Annual report of the Prince of Wales Medical College, Patna
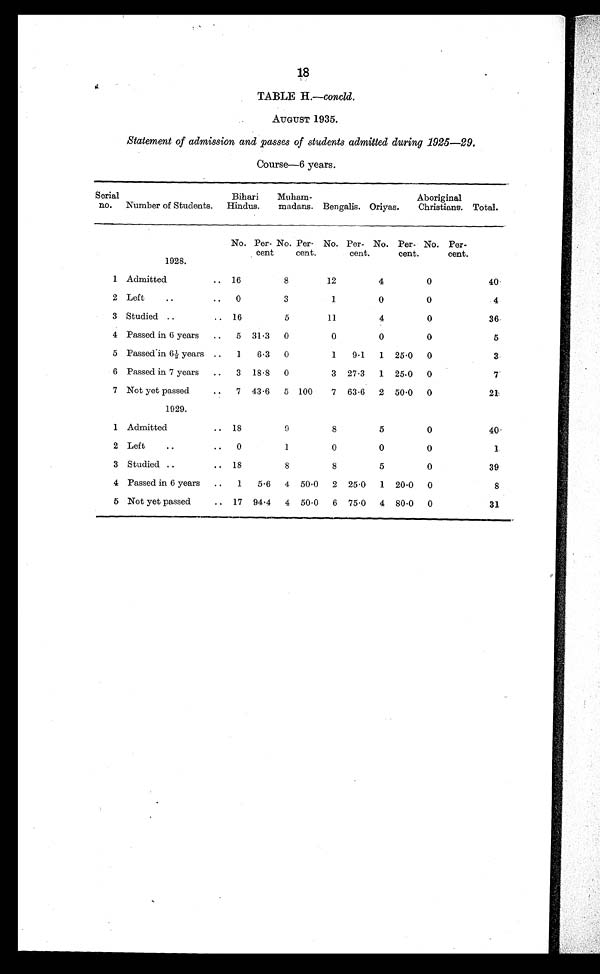
18
TABLE H.—concld.
AUGUST 1935.
Statement of admission and passes of students admitted during 1925—29.
Course—6 years.
Serial
no.
Number of Students.
Bihari
Hindus.
Muham-
madans. Bengalis. Oriyas.
Aboriginal
Christians. Total.
No. Per-
cent
No. Per-
cent.
No. Per-
cent.
No. Per-
cent.
No. Per-
cent.
1928.
1 Admitted
.. 16
8
12
4
0
40
2 Left
..
..
0
3
1
0
0
4
3 Studied ..
.. 16
5
11
4
0
36
4 Passed in 6 years
..
5 31.3
0
0
0
0
5
5 Passed in 6 ½ years ..
1
6 . 3
0
1
9.1
1 25.0
0
3
6 Passed in 7 years
..
3
18.8
0
3
27.3
1 25.0
0
7
7 Not yet passed
..
7 43.6
5 100
7
63.6
2 50.0
0
21
1929.
1 Admitted
..
18
9
8
5
0
40
2 Left
..
..
0
1
0
0
0
1
3 Studied ..
.. 18
8
8
5
0
39
4 Passed in 6 years
..
1
5.6
4 50.0
2 25.0
1 20.0
0
8
5 Not yet passed
.. 17 94.4
4 50.0
6 75.0
4 80.0
0
31